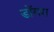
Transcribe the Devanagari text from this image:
डोंगरा